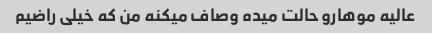
عالیه موهارو حالت میده وصاف میکنه من که خیلی راضیم